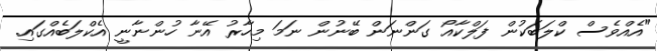
"އެއްވެސް ކްލަބަކުން ފަލްކާއޯ ގަންނަން ބޭނުން ނަމަ މިހާރު އޭނާ ހުންނާނީ އެކްލަބެއްގައި.